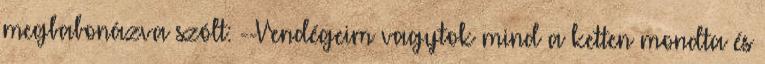
megbabonázva szólt: --Vendégeim vagytok mind a ketten mondta és